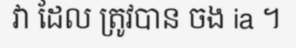
វា ដែល ត្រូវបាន ចង ia ។